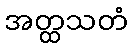
အတ္ထသတံ